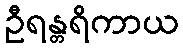
ဦရန္တရိကာယ